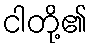
ငါတို့၏